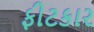
ફીટકાર